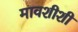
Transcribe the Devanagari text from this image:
मावशीशी